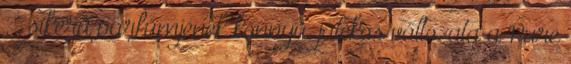
. . sikerû parfümjének könnyû, játékos változata a Pure